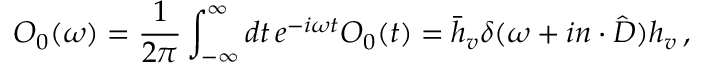
O _ { 0 } ( \omega ) = { \frac { 1 } { 2 \pi } } \int _ { - \infty } ^ { \infty } d t \, e ^ { - i \omega t } O _ { 0 } ( t ) = \bar { h } _ { v } \delta ( \omega + i n \cdot \hat { D } ) h _ { v } \, ,